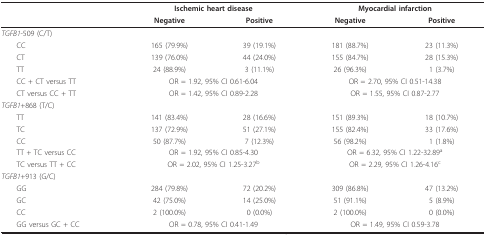
<table><thead><tr><td></td><td colspan="2"><b>Ischemic heart disease</b></td><td colspan="2"><b>Myocardial infarction</b></td></tr><tr><td></td><td><b>Negative</b></td><td><b>Positive</b></td><td><b>Negative</b></td><td><b>Positive</b></td></tr></thead><tbody><tr><td><i>TGFB1</i>-509 (C/T)</td><td></td><td></td><td></td><td></td></tr><tr><td> CC</td><td>165 (79.9%)</td><td>39 (19.1%)</td><td>181 (88.7%)</td><td>23 (11.3%)</td></tr><tr><td> CT</td><td>139 (76.0%)</td><td>44 (24.0%)</td><td>155 (84.7%)</td><td>28 (15.3%)</td></tr><tr><td> TT</td><td>24 (88.9%)</td><td>3 (11.1%)</td><td>26 (96.3%)</td><td>1 (3.7%)</td></tr><tr><td> CC + CT versus TT</td><td colspan="2">OR = 1.92, 95% CI 0.61-6.04</td><td colspan="2">OR = 2.70, 95% CI 0.51-14.38</td></tr><tr><td> CT versus CC + TT</td><td colspan="2">OR = 1.42, 95% CI 0.89-2.28</td><td colspan="2">OR = 1.55, 95% CI 0.87-2.77</td></tr><tr><td><i>TGFB1</i>+868 (T/C)</td><td></td><td></td><td></td><td></td></tr><tr><td> TT</td><td>141 (83.4%)</td><td>28 (16.6%)</td><td>151 (89.3%)</td><td>18 (10.7%)</td></tr><tr><td> TC</td><td>137 (72.9%)</td><td>51 (27.1%)</td><td>155 (82.4%)</td><td>33 (17.6%)</td></tr><tr><td> CC</td><td>50 (87.7%)</td><td>7 (12.3%)</td><td>56 (98.2%)</td><td>1 (1.8%)</td></tr><tr><td> TT + TC versus CC</td><td colspan="2">OR = 1.92, 95% CI 0.85-4.30</td><td colspan="2">OR = 6.32, 95% CI 1.22-32.89<sup>a</sup></td></tr><tr><td> TC versus TT + CC</td><td colspan="2">OR = 2.02, 95% CI 1.25-3.27<sup>b</sup></td><td colspan="2">OR = 2.29, 95% CI 1.26-4.16<sup>c</sup></td></tr><tr><td><i>TGFB1</i>+913 (G/C)</td><td></td><td></td><td></td><td></td></tr><tr><td> GG</td><td>284 (79.8%)</td><td>72 (20.2%)</td><td>309 (86.8%)</td><td>47 (13.2%)</td></tr><tr><td> GC</td><td>42 (75.0%)</td><td>14 (25.0%)</td><td>51 (91.1%)</td><td>5 (8.9%)</td></tr><tr><td> CC</td><td>2 (100.0%)</td><td>0 (0.0%)</td><td>2 (100.0%)</td><td>0 (0.0%)</td></tr><tr><td> GG versus GC + CC</td><td colspan="2">OR = 0.78, 95% CI 0.41-1.49</td><td colspan="2">OR = 1.49, 95% CI 0.59-3.78</td></tr></tbody></table>